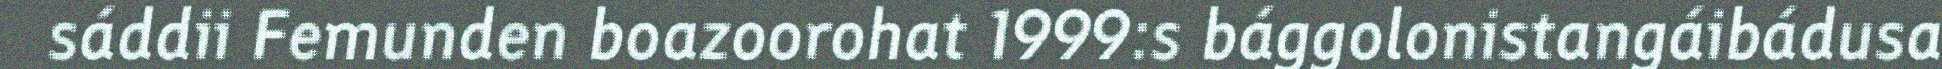
sáddii Femunden boazoorohat 1999:s bággolonistangáibádusa